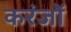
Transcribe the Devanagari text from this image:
करंजों